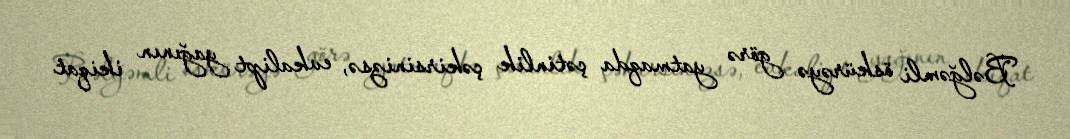
Bəlğəmli öskürəyə görə yatmaqda çətinlik çəkirsinizsə, evkalipt yağının ikiqat